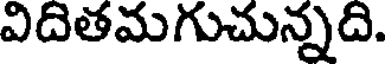
విదితమగుచున్నది.